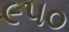
૯૫૦